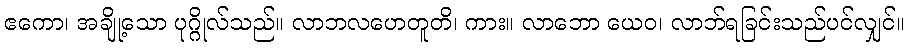
ဧကော၊ အချို့သော ပုဂ္ဂိုလ်သည်။ လာဘလဟေတူတိ၊ ကား။ လာဘော ယေဝ၊ လာဘ်ရခြင်းသည်ပင်လျှင်။